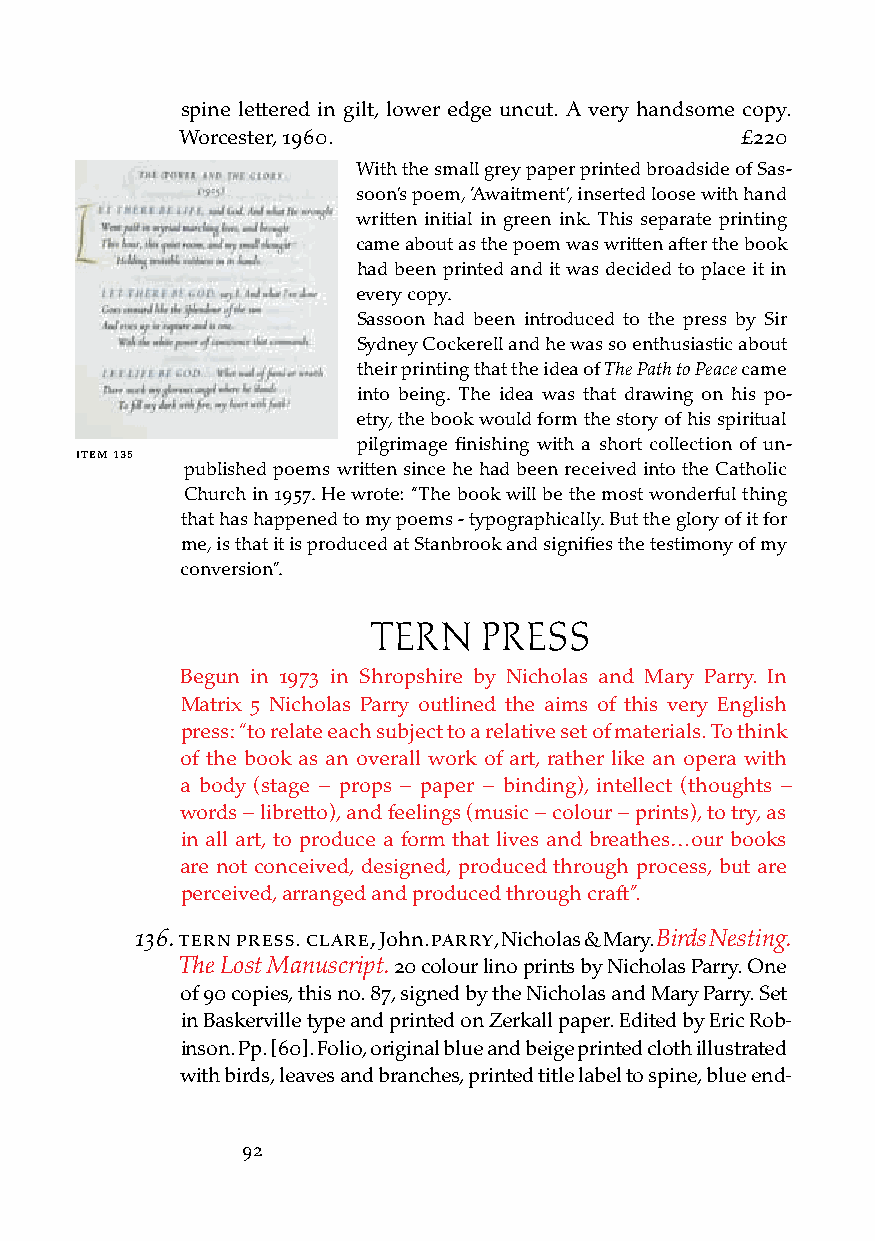
spine lettered in gilt, lower edge uncut. A very handsome copy.
 Worcester, 1960.                     £220
 With the small grey paper printed broadside of Sas-
 soon’s poem, ‘Awaitment’, inserted loose with hand
 written initial in green ink. This separate printing
 came about as the poem was written after the book
 had been printed and it was decided to place it in
 every copy.
 Sassoon had been introduced to the press by Sir
 Sydney Cockerell and he was so enthusiastic about
 their printing that the idea of The Path to Peace came
 into being. The idea was that drawing on his po-
 etry, the book would form the story of his spiritual
 pilgrimage finishing with a short collection of un-
 iteM 135
 published poems written since he had been received into the Catholic
 Church in 1957. He wrote: “The book will be the most wonderful thing
 that has happened to my poems - typographically. But the glory of it for
 me, is that it is produced at Stanbrook and signifies the testimony of my
 conversion”.
 TERN    PRESS
 Begun in 1973 in Shropshire by Nicholas and Mary Parry. In
 Matrix 5 Nicholas Parry outlined the aims of this very English
 press: “to relate each subject to a relative set of materials. To think
 of the book as an overall work of art, rather like an opera with
 a body (stage – props – paper – binding), intellect (thoughts –
 words – libretto), and feelings (music – colour – prints), to try, as
 in all art, to produce a form that lives and breathes…our books
 are not conceived, designed, produced through process, but are
 perceived, arranged and produced through craft”.
 136. tern Press. clare, John. Parry, Nicholas & Mary. Birds Nesting.
 The Lost Manuscript. 20 colour lino prints by Nicholas Parry. One
 of 90 copies, this no. 87, signed by the Nicholas and Mary Parry. Set
 in Baskerville type and printed on Zerkall paper. Edited by Eric Rob-
 inson. Pp. [60]. Folio, original blue and beige printed cloth illustrated
 with birds, leaves and branches, printed title label to spine, blue end-
 92